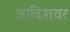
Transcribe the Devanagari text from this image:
आदिशवर